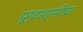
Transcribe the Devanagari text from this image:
पूर्वाश्रमीचा